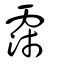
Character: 霈